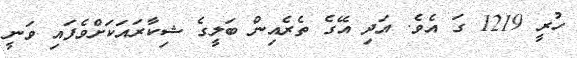
ހުރީ 1219 ގަ އެވެ. އަދި އޭގެ ތެރެއިން ބަލީގެ ޝިކާރައަކަށްވެފައި ވަނީ